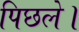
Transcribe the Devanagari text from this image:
पिछले।